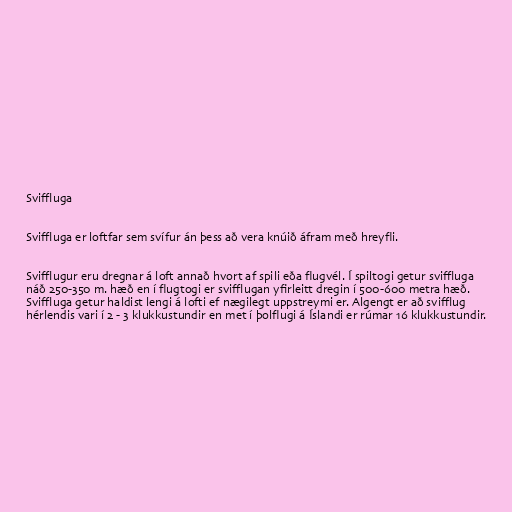
Sviffluga

Sviffluga er loftfar sem svífur án þess að vera knúið áfram með hreyfli.

Svifflugur eru dregnar á loft annað hvort af spili eða flugvél. Í spiltogi getur sviffluga
náð 250-350 m. hæð en í flugtogi er svifflugan yfirleitt dregin í 500-600 metra hæð.
Sviffluga getur haldist lengi á lofti ef nægilegt uppstreymi er. Algengt er að svifflug
hérlendis vari í 2 - 3 klukkustundir en met í þolflugi á Íslandi er rúmar 16 klukkustundir.